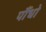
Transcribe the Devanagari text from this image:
पौंधो